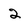
Character: 2